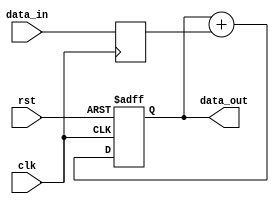
module pipeline_accumulator (
    input wire clk,
    input wire rst,
    input wire [7:0] data_in,
    output wire [7:0] data_out
);

reg [7:0] accumulator;
reg [7:0] data;

always @ (posedge clk or posedge rst) begin
    if (rst) begin
        accumulator <= 8'b0;
    end else begin
        accumulator <= accumulator + data;
    end
end

always @ (posedge clk) begin
    data <= data_in;
end

assign data_out = accumulator;

endmodule